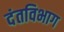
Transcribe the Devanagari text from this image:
दंतविभाग